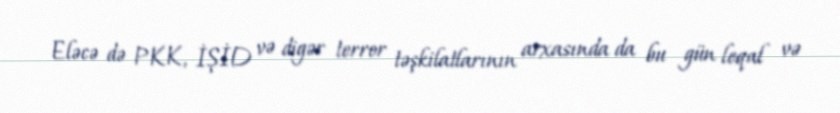
Eləcə də PKK, İŞİD və digər terror təşkilatlarının arxasında da bu gün leqal və